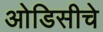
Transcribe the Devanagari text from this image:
ओडिसीचे